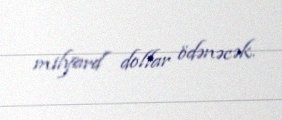
milyard dollar ödənəcək.